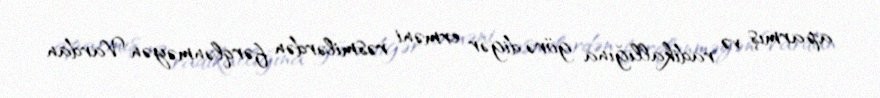
aparmış və radikallığına görə digər erməni rəsmilərdən fərqlənməyən Vardan